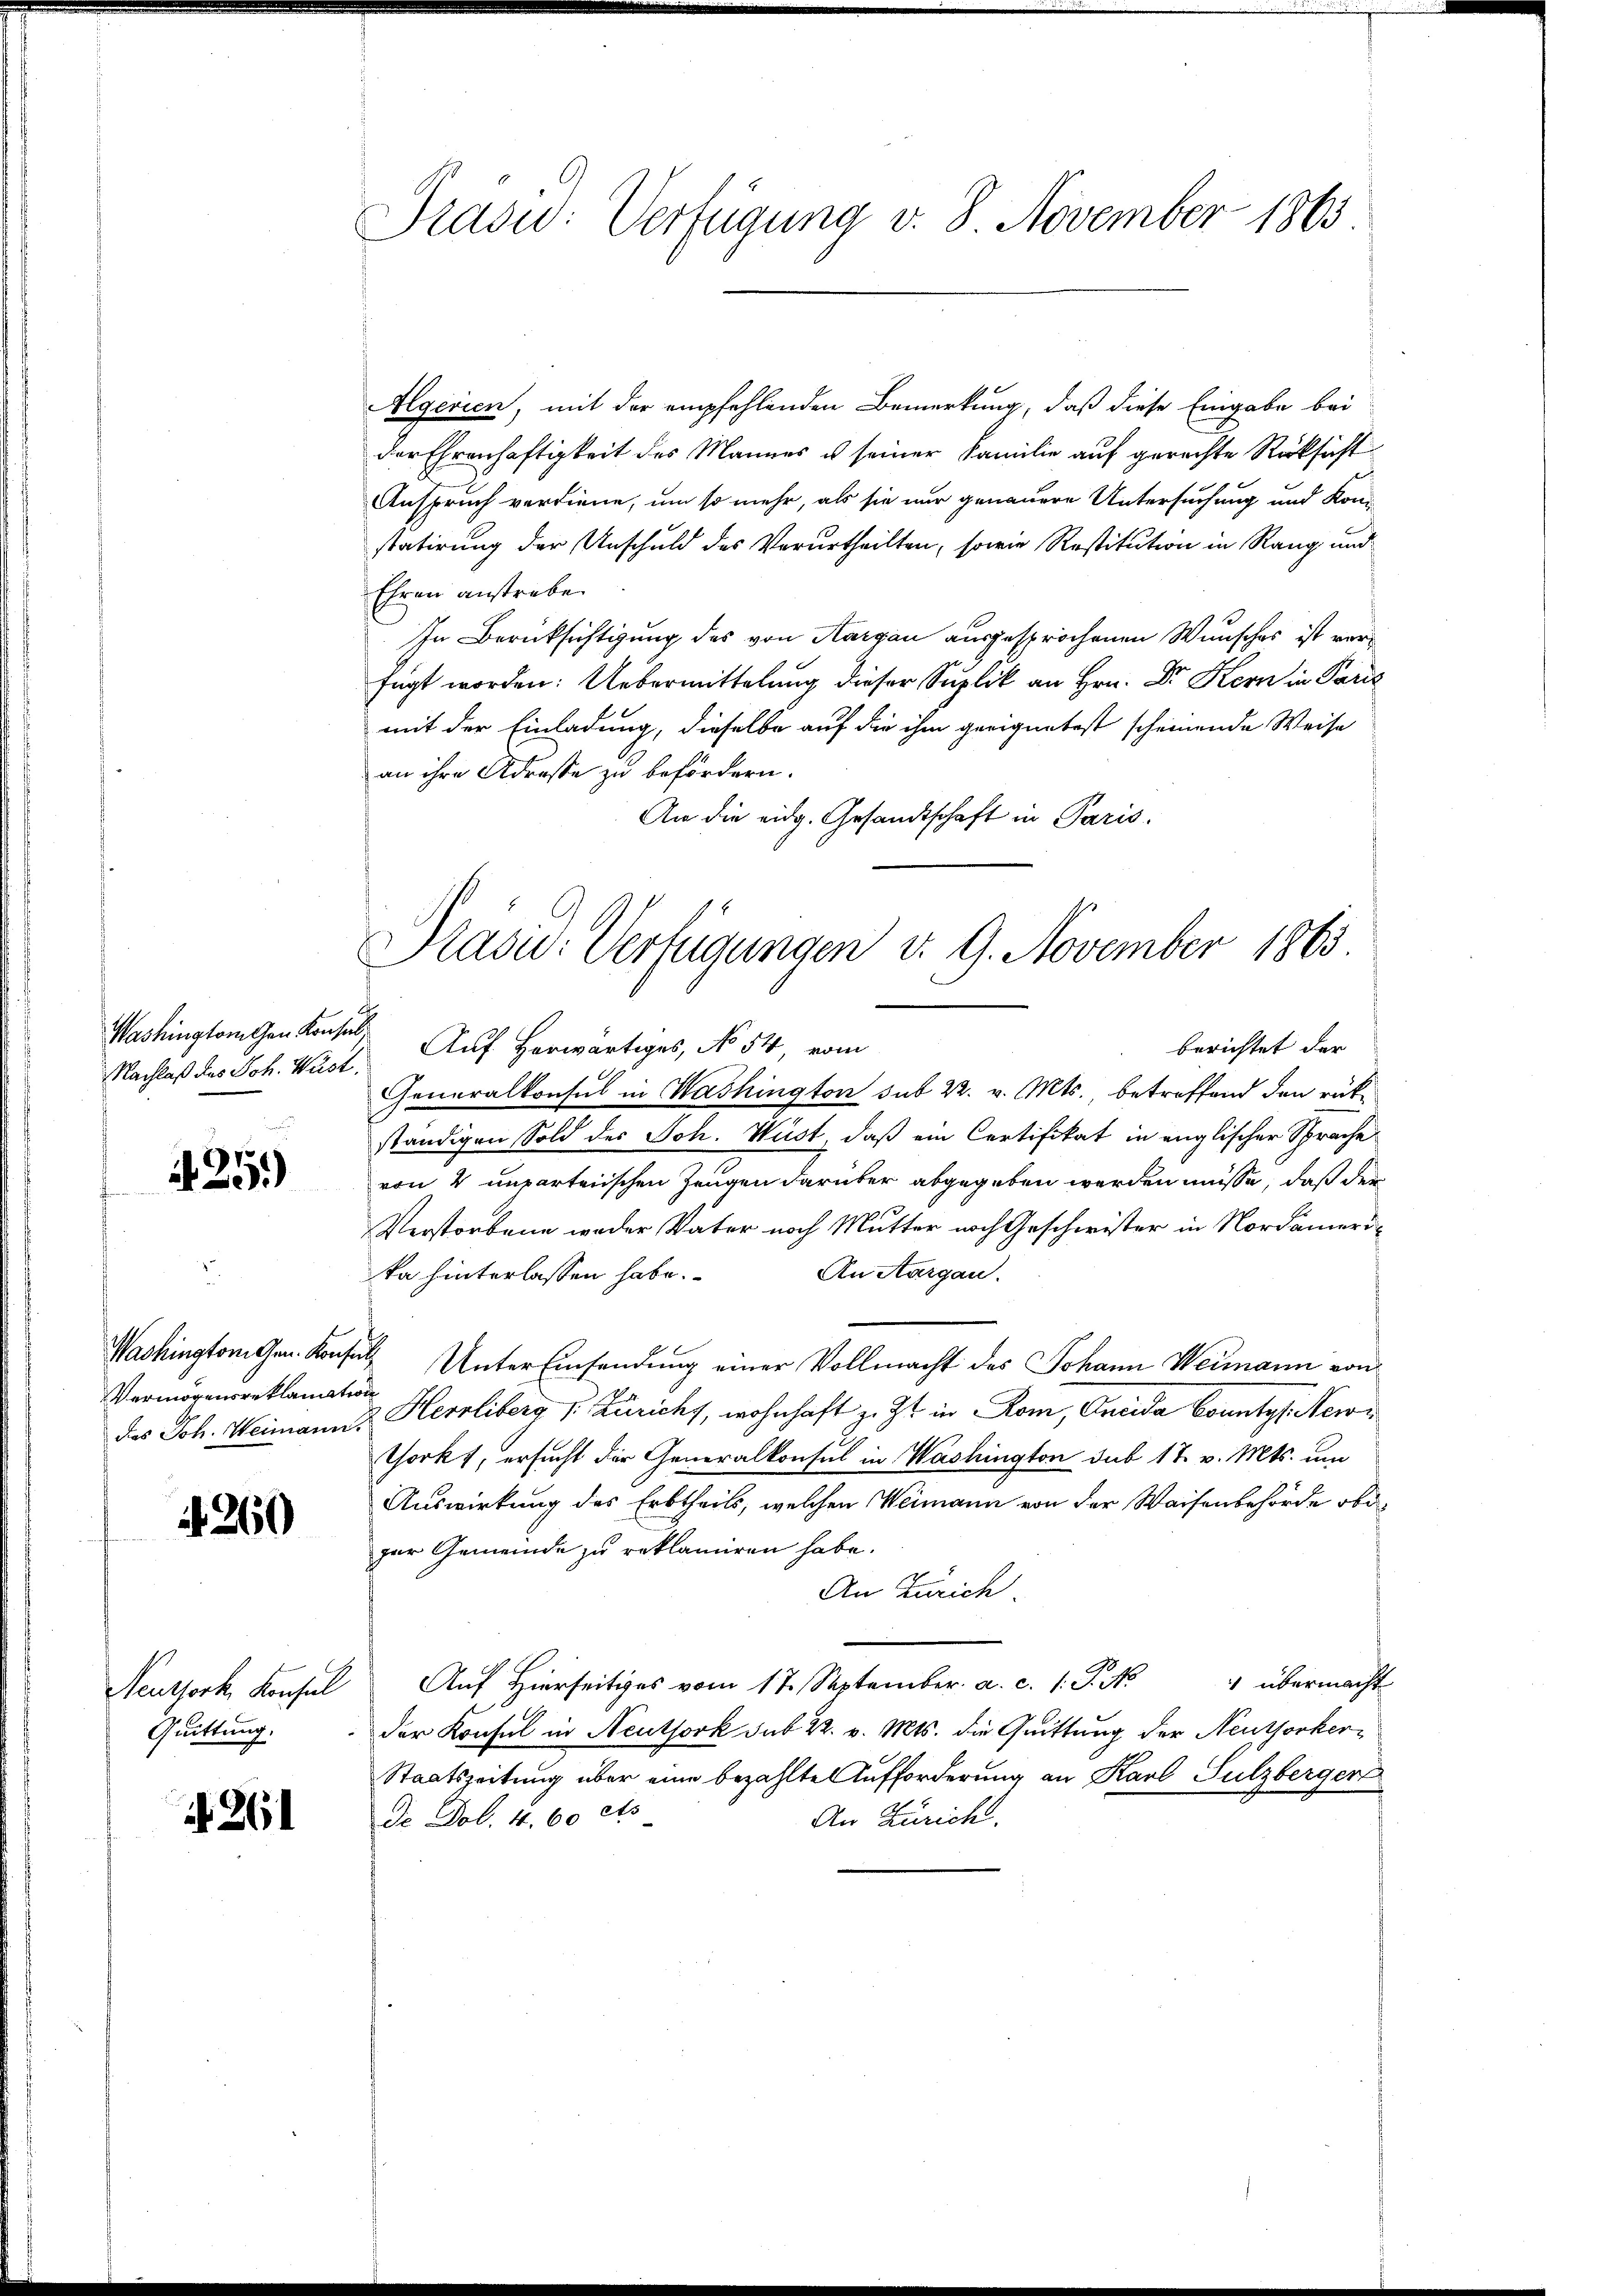
Nachlaß des Joh. Wust.

1251)

Washington Gen. Konfe
Vermögensreklamation

1260

Neuthork, Konsul
Quittung.

261

Prasw: Verfügung v. 8. November 1863

Algerien, mit der empfehlenden Bemerkung, daß diese Eingabe bei
der Ehrenhaftigkeit des Mannes u seiner Familie auf gerechte Rücksicht
Anspruch verdiene, um so mehr, als sie nur genauere Untersuchung und Kon
statirung der Anschuld des Verurtheilten, sowie Restitution in Rang und
Ehren anstrebe
In Berücksichtigung des von Aargau ausgesprochenen Wunsches ist verfügt worden: Uebermittelung dieser Suplik an Hrn. Dr Kern in Paris
mit der Einladung, dieselbe auf die ihm geeignetest scheinende Weise
an ihre Adresse zu befördern.
An die eidg. Gesandtschaft in Paris.

Prasic: Verfügungen d. 9. November 1865
ashingtonen Konsen Auf herwärtiges, No 54, vom
berichtet der

Generalkonsul in Washington sub 22. v. Mts., betreffend den rükständigen Sold des Joh. Wüst, daß ein Certifikat in englischer Sprache
von 4 unparteiischen Zeugen darüber abgegeben werden müsse, daß der
Verstorbene weder Vater noch Mutter noch Geschwister in Nordameri¬
An Aargau.
ka hinterlassen habe.
 Unter Einsendung einer Vollmacht des Johann Weimann von
des Joh. Weimann Herrliberg v. Züricht, wohnhaft z. Zt. in Rom, Oncida Countys New¬
Thorkt, ersucht der Generalkonsul in Washington sub 17 v. Mts. um
Auswirkung des Erbtheils, welchen Weimann von der Waisenbehörde obizur Gemeinde zu reklamiren habe.
An Zürich.
 übermacht
Auf Hierseitiges vom 17. September. a. c. 1. J. No
der Konsul in Neuthork sub 22. v. Mts. die Quittung der Neuthorker¬
Staatszeitung über eine bezahlte Aufforderung an Karl Sulzberger
de Dol. 4. 60 cts
An Zürich.